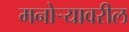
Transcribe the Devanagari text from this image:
मनोऱ्यावरील